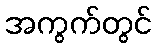
အကွက်တွင်